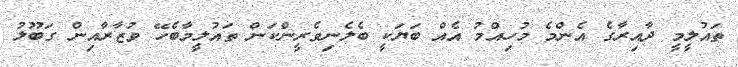
ތައުލީމީ ދާއިރާގެ އެންމެ މުހިއްމު އެއް ބަޔަކީ ބެލެނިވެރީންކަން ތައުލީމާބެހޭ ވުޒާރާއިން ގަބޫލު